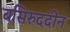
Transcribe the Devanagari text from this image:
बसिरुददीन